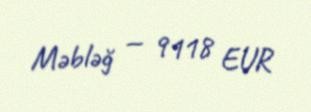
Məbləğ — 9118 EUR